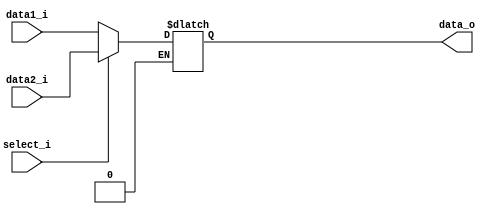
module MUX5		// to rt or rd
(
	data1_i,
	data2_i,
	select_i,
	data_o
);

input	[4:0]	data1_i, data2_i;
input	select_i;
output	[4:0]	data_o;
reg		[4:0]	data_o;

always @(*) begin
	if (select_i == 0) begin
		data_o = data1_i;
	end
	else if (select_i == 1) begin
		data_o = data2_i;
	end
end

endmodule